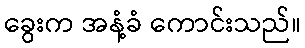
ခွေးက အနံ့ခံ ကောင်းသည်။